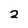
Character: 2